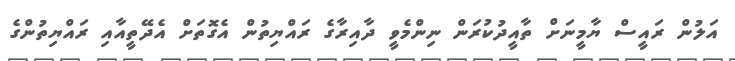
އަލުން ރައީސް ޔާމީނަށް ތާއީދުކުރަން ނިންމެވީ ދާއިރާގެ ރައްޔިތުން އެގޮތަށް އެދޭތީއާއި ރައްޔިތުންގެ